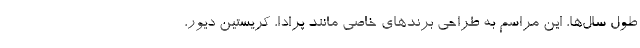
طول سال‌ها، این مراسم به طراحی برندهای خاصی مانند پرادا، کریستین دیور،